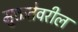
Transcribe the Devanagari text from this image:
मुक्ततेवरील